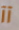
آآ